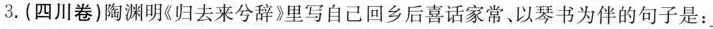
3.(四川卷)陶渊明《归去来兮辞》里写自己回乡后喜话家常、以琴书为伴的句子是：_